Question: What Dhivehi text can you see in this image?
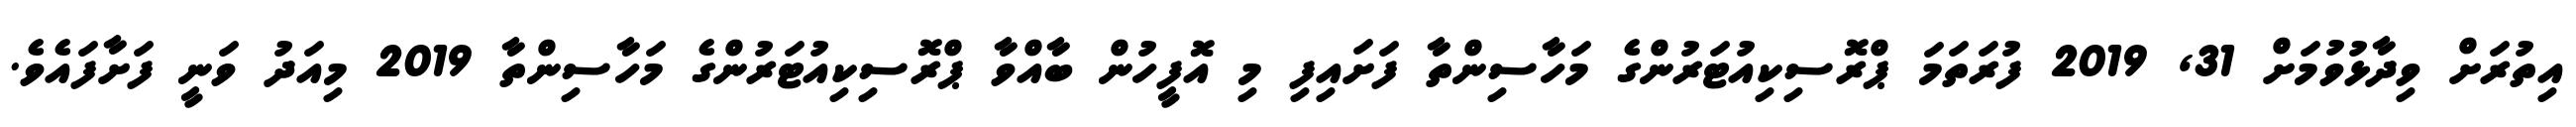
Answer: އިތުރަށް ވިދާޅުވުމަށް 31, 2019 ފުރަތަމަ ޕްރޮސިކިއުޓަރުންގެ މަހާސިންތާ ފަށައިފި މި އޮފީހުން ބާއްވާ ޕްރޮސިކިއުޓަރުންގެ މަހާސިންތާ 2019 މިއަދު ވަނީ ފަށާފައެވެ.